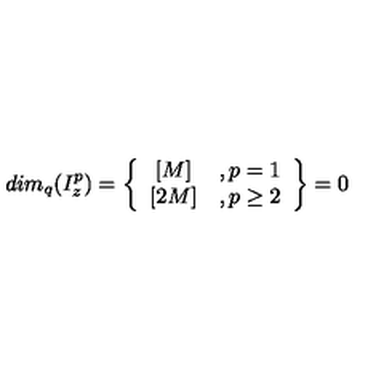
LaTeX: d i m _ { q } ( I _ { z } ^ { p } ) = \left\{ \begin{array} { c c } { { [ M ] } } & { , p = 1 } \\ { { [ 2 M ] } } & { , p \geq 2 } \\ \end{array} \right\} = 0